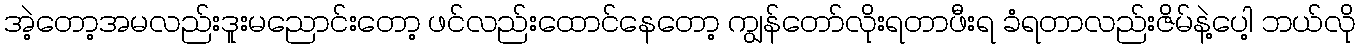
အဲ့တော့အမလည်းဒူးမညောင်းတော့ ဖင်လည်းထောင်နေတော့ ကျွန်တော်လိုးရတာဖီးရ ခံရတာလည်းဇိမ်နဲ့ပေါ့ ဘယ်လို